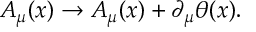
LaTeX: A _ { \mu } ( x ) \rightarrow A _ { \mu } ( x ) + \partial _ { \mu } \theta ( x ) .